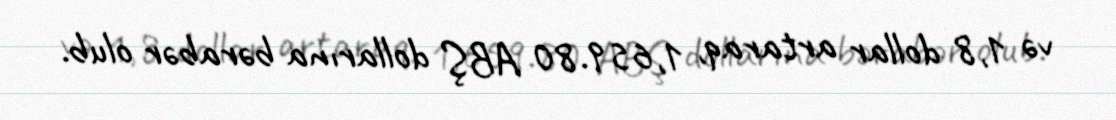
və 1,8 dollar artaraq, 1,659.80 ABŞ dollarına bərabər olub.